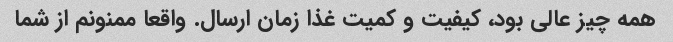
همه چیز عالی بود، کیفیت و کمیت غذا زمان ارسال. واقعا ممنونم از شما